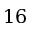
1 6